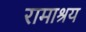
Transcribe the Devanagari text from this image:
रामाश्रय